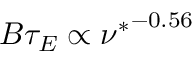
B \tau _ { E } \propto { \nu ^ { * } } ^ { - 0 . 5 6 }